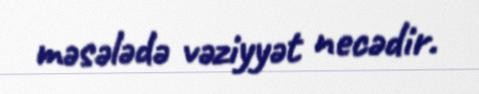
məsələdə vəziyyət necədir.